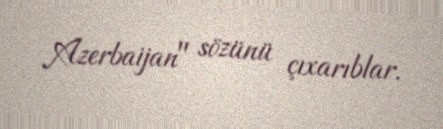
Azerbaijan" sözünü çıxarıblar.